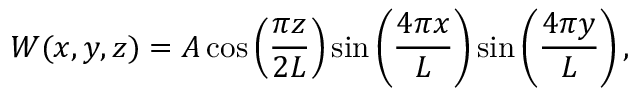
W ( x , y , z ) = A \cos \left( \frac { \pi z } { 2 L } \right) \sin \left( \frac { 4 \pi x } { L } \right) \sin \left( \frac { 4 \pi y } { L } \right) ,